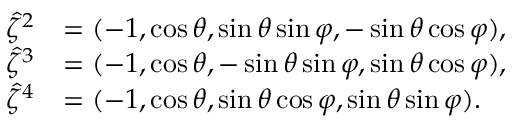
\begin{array} { r l } { \hat { \zeta } ^ { 2 } } & { = ( - 1 , \cos \theta , \sin \theta \sin \varphi , - \sin \theta \cos \varphi ) , } \\ { \hat { \zeta } ^ { 3 } } & { = ( - 1 , \cos \theta , - \sin \theta \sin \varphi , \sin \theta \cos \varphi ) , } \\ { \hat { \zeta } ^ { 4 } } & { = ( - 1 , \cos \theta , \sin \theta \cos \varphi , \sin \theta \sin \varphi ) . } \end{array}